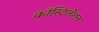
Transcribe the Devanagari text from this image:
कॉस्टिलेशन